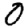
Digit: 0